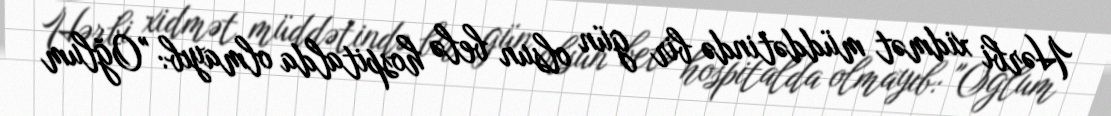
Hərbi xidmət müddətində bir gün olsun belə hospitalda olmayıb: "Oğlum